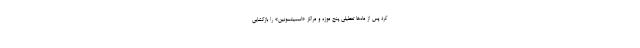
کرد پس از ماه‌ها تعطیلی پنج موزه و مراکز «اسمیتسونین» را بازگشایی